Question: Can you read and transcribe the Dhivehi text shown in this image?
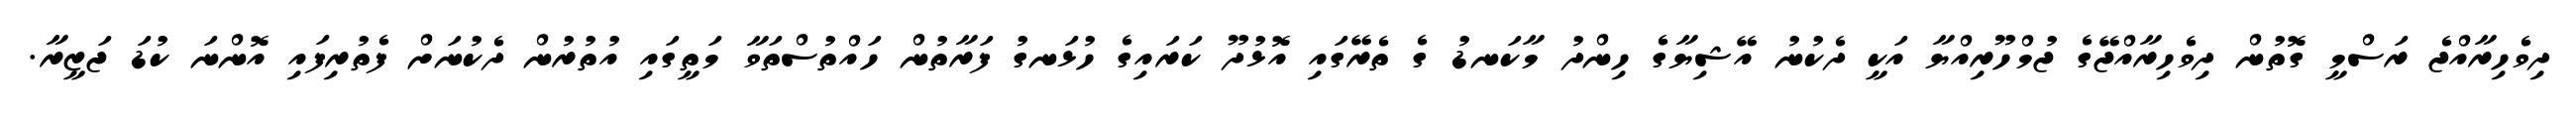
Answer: ދިވެހިރާއްޖެ ރަސްމީ ގޮތުން ދިވެހިރާއްޖޭގެ ޖުމްހޫރިއްޔާ އަކީ ދެކުނު އޭޝިޔާގެ ހިންދު މާކަނޑު ގެ ތެރޭގައި އޮޅުދޫ ކަރައިގެ ހުޅަނގު ފަރާތުން ހައްތުސްތަވާ މަތީގައި އުތުރުން ދެކުނަށް ފެތުރިފައި އޮންނަ ކުޑަ ޖަޒީރާ.